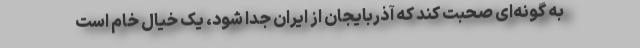
به گونه‌ای صحبت کند که آذربایجان از ایران جدا شود، یک خیال خام است